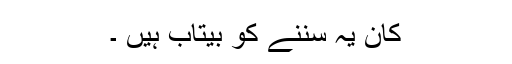
کان یہ سننے کو بیتاب ہیں ۔